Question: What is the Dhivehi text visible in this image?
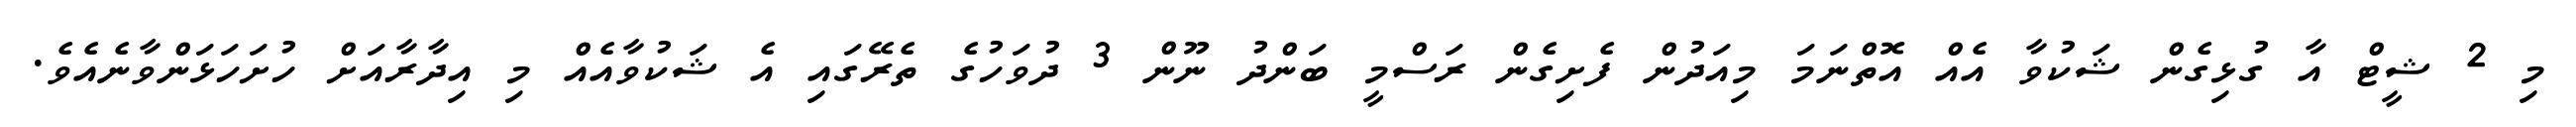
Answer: މި 2 ޝީޓް އާ ގުޅިގެން ޝަކުވާ އެއް އޮތްނަމަ މިއަދުން ފެށިގެން ރަސްމީ ބަންދު ނޫން 3 ދުވަހުގެ ތެރޭގައި އެ ޝަކުވާއެއް މި އިދާރާއަށް ހުށަހަޅަންވާނެއެވެ.